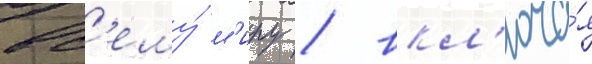
вс'ему́ м'иру / вкл'юча́я